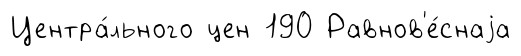
Центра́льного цен 190 Равнов'е́снаjа